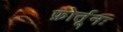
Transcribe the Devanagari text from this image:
फ़ोर्तूनः